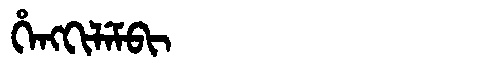
Manchu: ᡥᡝᠩᡴᡳᠯᡝᠮᠪᡳ
Romanization: HENGKILEMBI